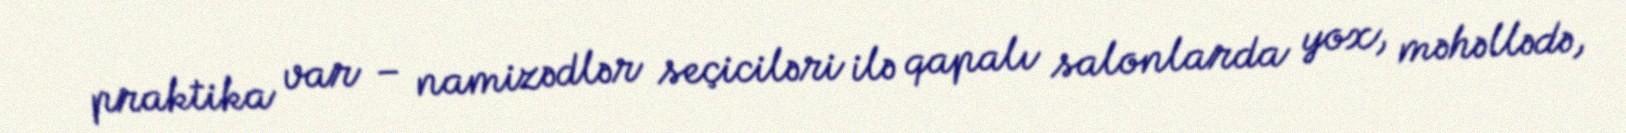
praktika var – namizədlər seçiciləri ilə qapalı salonlarda yox, məhəllədə,